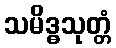
သမိဒ္ဓသုတ္တံ